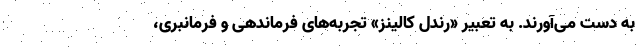
به دست می‌آورند. به تعبیر «رندل کالینز» تجربه‌های فرماندهی و فرمانبری،